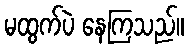
မထွက်ပဲ နေကြသည်။